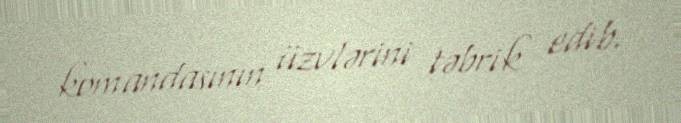
komandasının üzvlərini təbrik edib.